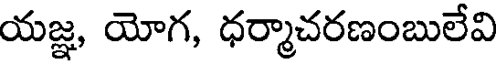
యజ్ఞ, యోగ, ధర్మాచరణంబులేవి